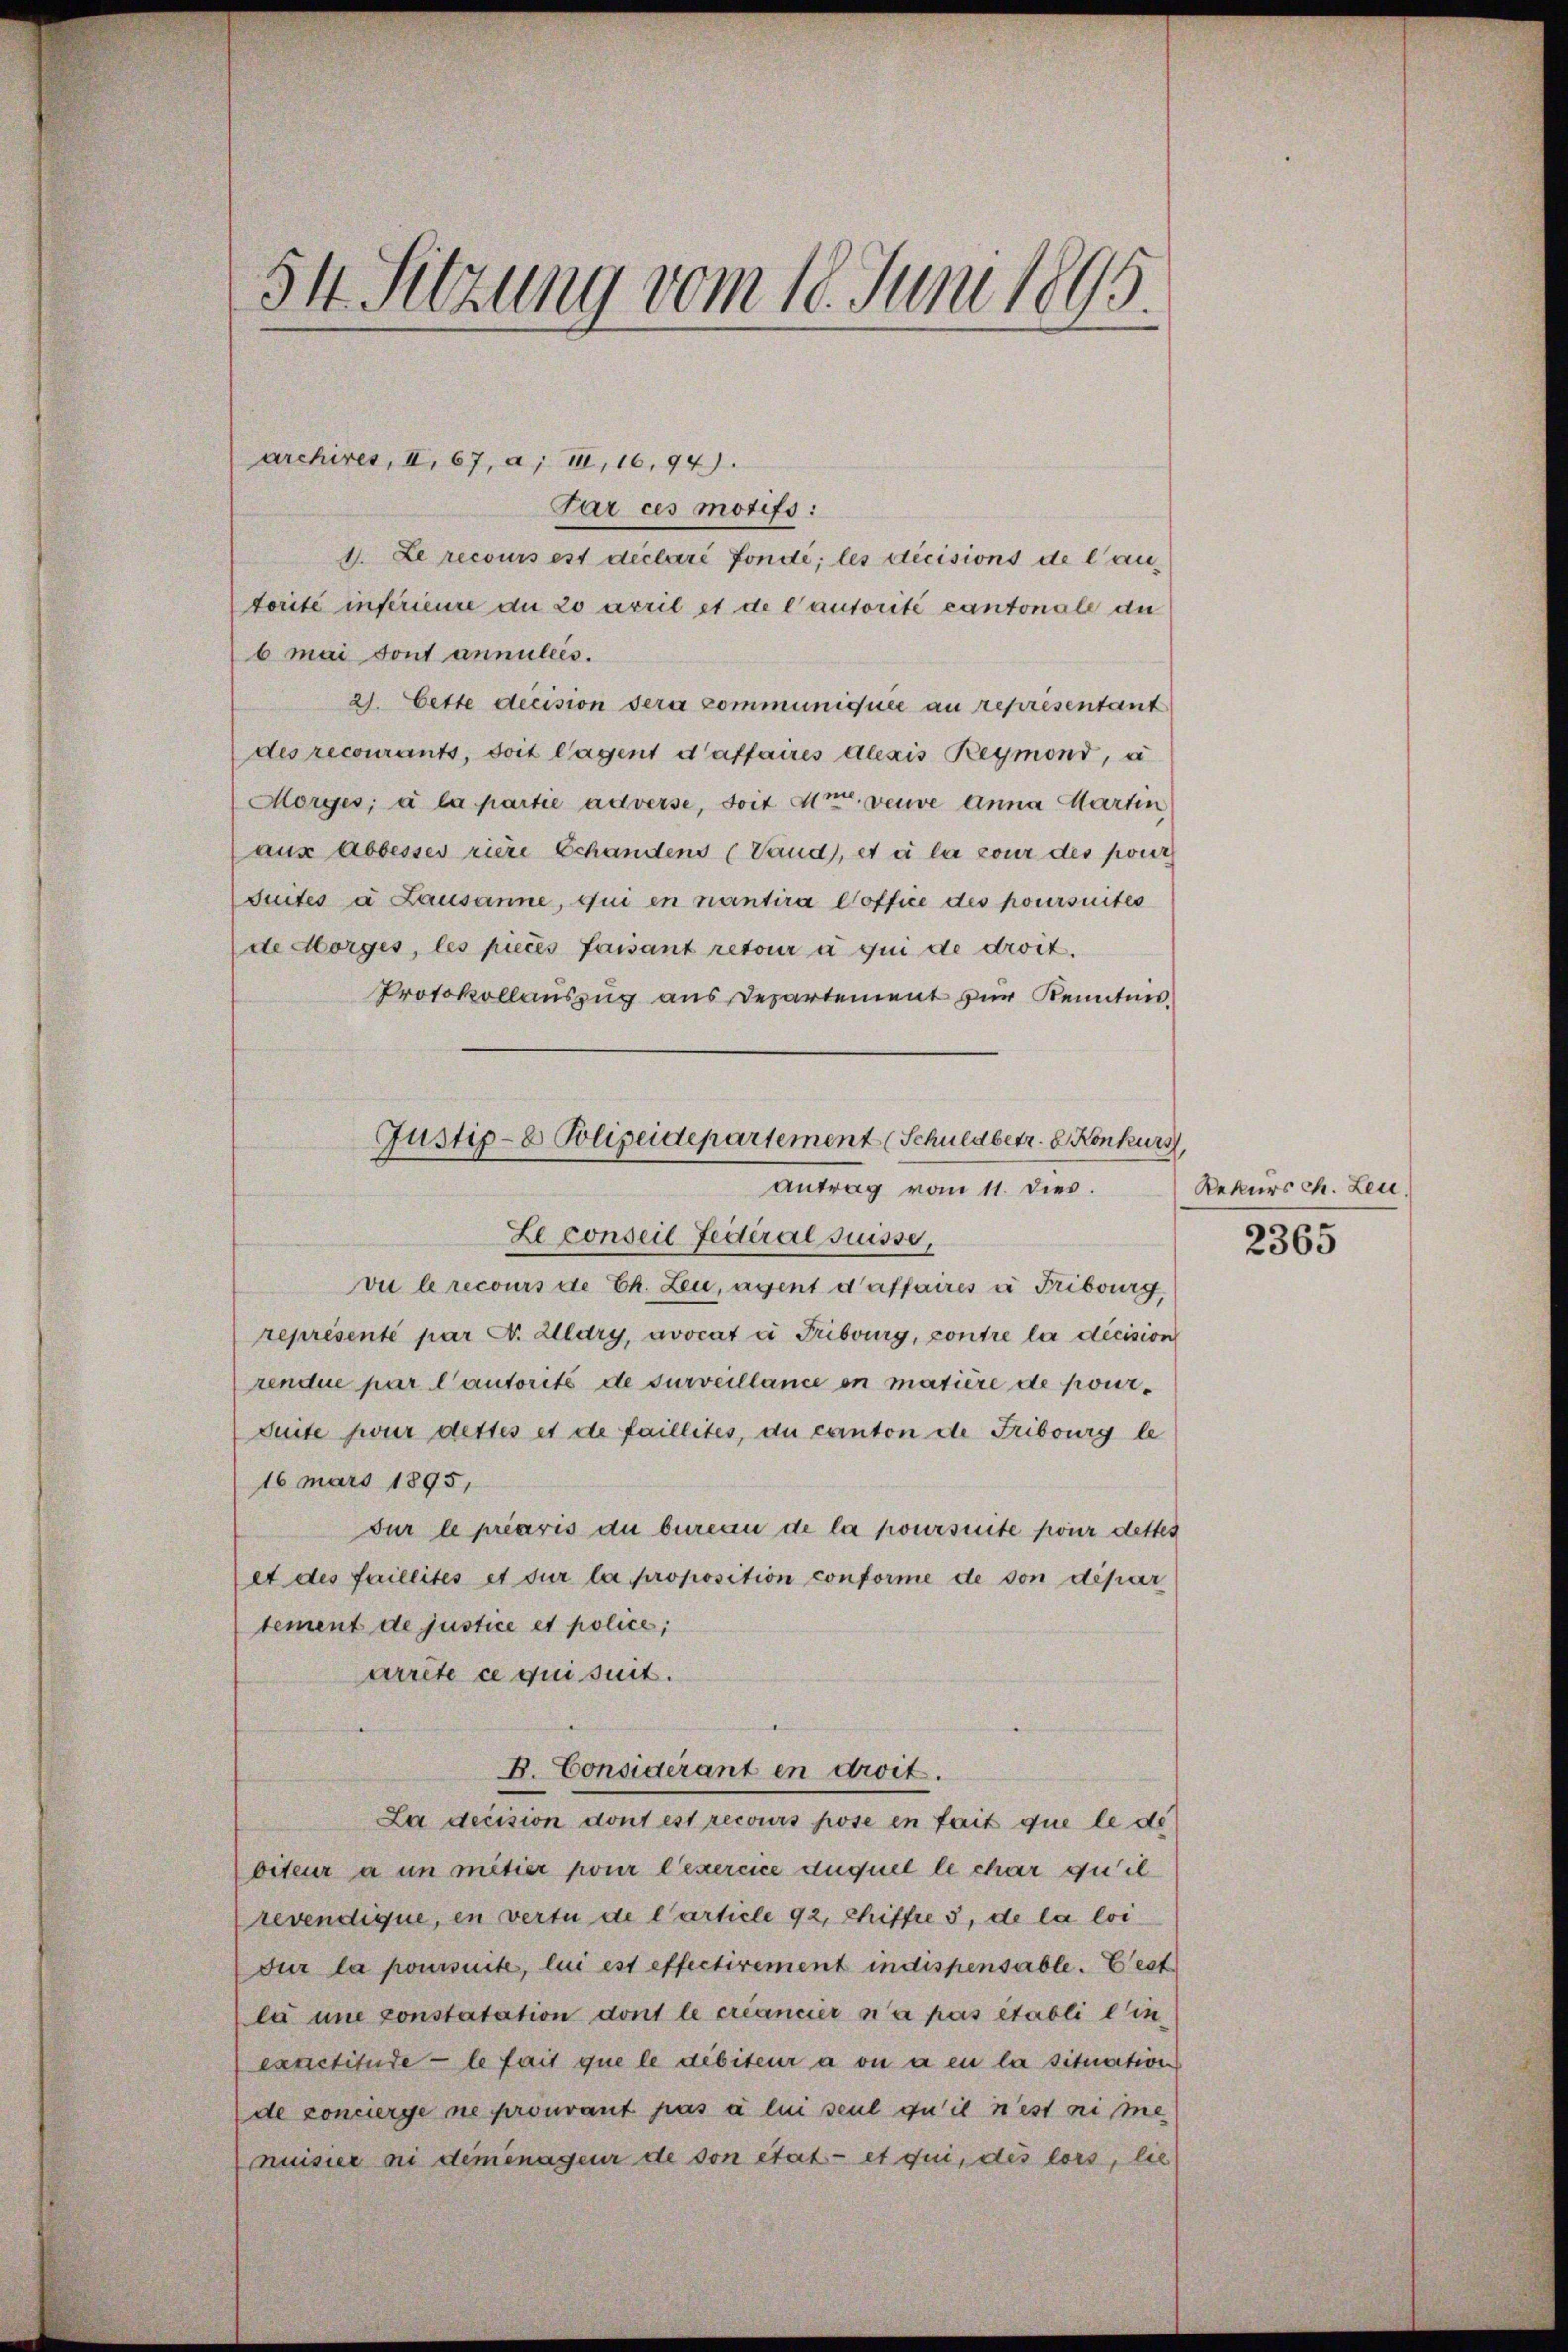
54 Sitzung vom 18. Juni 1895.

Par ces motifs:
1. Le recours est declaré fonde; les décisions de lautorite inférieure du 20 arril et de l’autorité cantonale du
6 mai tout annullis.
21. Cette decision sera communiquée au représentant
des recourants, soit lagent d’affaires Alexis Reymond, u
Morges; à la partie adverse, soit Moor veuve anna Martin
aus Abbesses riere Schandens (Vand), et à la cour des pour
Suités a Lausanne, qui en nantira Coffice des poursuites
de Horges, les pieces faisant retour à qui de droit.
Protokollauszug aus Departement zur Kenntnis,
Le conseil Federal suisse,
vu le recours de Ch. Leu, agent d’affaires u Fribourg,
représenté par Ct. Alldry, avocat ei Fribourg, contre la décision
rendue par l’autorits de surveillance en matière de pour¬
Suite für dettes et de faillites, du canton de Fribourg le
16 mars 1895,
dur le préavis du bureau de la poursuite pour dettes
et des faillités et sur la proposition conforme de von dépar
tement de justice et police,
arrête ce qui suit.
B. Considérant en droit.
La decision dont est recours hose en fait que le de
viteur à un metier pour l’exercice duquel le char qu’il
revendique, en vertu de l’article 92, Chiffre 3, de la loi
Fur la poursuite, lui est effectirement indispensable. Best
la une constatation dont le créancier n’a pas établi ein
exactitude - le fait que le débiteur a ou à en la situation
de concierge ne prourant pas à lui seul zu il n’est sei me
muisier ni deménageur de son état - et qui, des lors, lie

archires, II, 67, a; III, 16,94)

Justiz- & Polizeidepartement (Schuldbetr. 8. Konkurs,
Antrag vom 11. dies.

Rekurs ch. Leu

2365